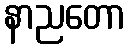
နာညတော